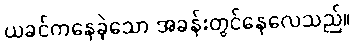
ယခင်ကနေခဲ့သော အခန်းတွင်နေလေသည်။